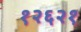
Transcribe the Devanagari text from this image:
१२६२१